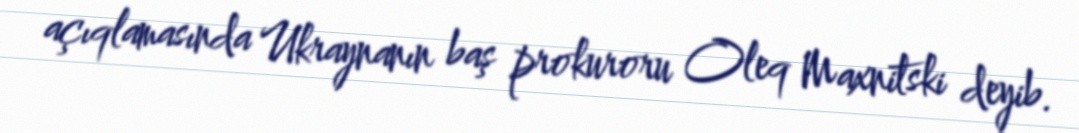
açıqlamasında Ukraynanın baş prokuroru Oleq Maxnitski deyib.